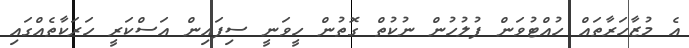
އެ މުޒާހަރާތައް ހުއްޓުވަން ފުލުހުން ނުކުތް ގޮތުން ހީވަނީ ސިފައިން އަސްކަރީ ހަރަކާތެއްގައި